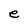
Character: e